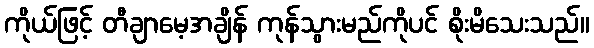
ကိုယ်ဖြင့် တီချာမေ့အချိန် ကုန်သွားမည်ကိုပင် စိုးမိသေးသည်။